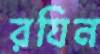
রযিন